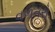
વળતરો